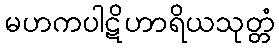
မဟကပါဋိဟာရိယသုတ္တံ